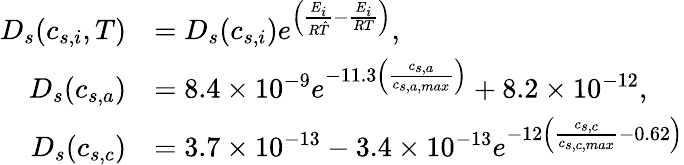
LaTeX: \begin{array}{rl}{D_{s}(c_{s,i},T)}&{=D_{s}(c_{s,i})e^{\left(\frac{E_{i}}{R\hat{T}}-\frac{E_{i}}{RT}\right)},}\\ {D_{s}(c_{s,a})}&{=8.4\times 10^{-9}e^{-11.3\left(\frac{c_{s,a}}{c_{s,a,max}}\right)}+8.2\times 10^{-12},}\\ {D_{s}(c_{s,c})}&{=3.7\times 10^{-13}-3.4\times 10^{-13}e^{-12\left(\frac{c_{s,c}}{c_{s,c,max}}-0.62\right)}}\end{array}